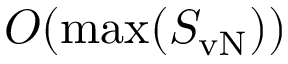
O ( \operatorname* { m a x } ( S _ { \mathrm { v N } } ) )